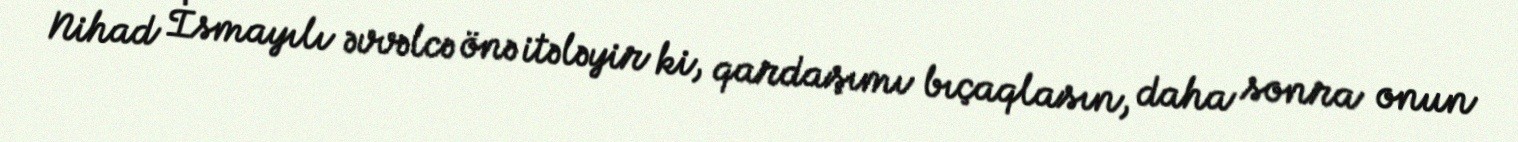
Nihad İsmayılı əvvəlcə önə itələyir ki, qardaşımı bıçaqlasın, daha sonra onun